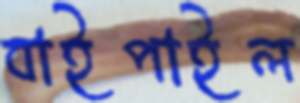
বাইপাইল